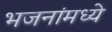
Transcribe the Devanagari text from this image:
भजनांमध्ये